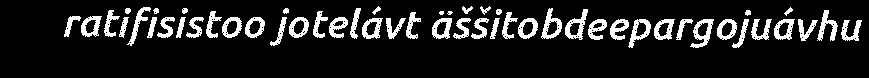
ratifisistoo jotelávt äššitobdeepargojuávhu